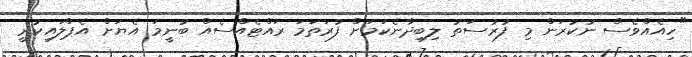
"ހިއެއްވެސް ނުކުރަން މި ފުރުސަތު ލިބިދާނެކަމަށް ފުރަތަމަ ރައްޓެއްްސެއް ބުނީމަ އެޔަށް އެޕްލައިކުރީ